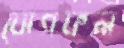
যোগফল